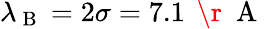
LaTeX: \lambda_{\mathrm{~B~}}=2\sigma=7.1\, \mathrm{~\r~{~A~}~}